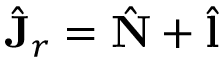
\hat { \mathbf { J } } _ { r } = \hat { \mathbf { N } } + \hat { \mathbf { l } }